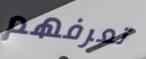
تعرفهم